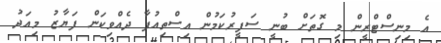
އެ މިނިސްޓްރީން މި ގޮތަށް ބުނީ ސަފީރުކަމުން އިސްތިއުފާ ދެއްވިކަން ފަޔާޒު މިއަދު